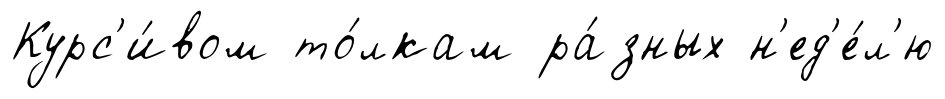
Курс'и́вом то́лкам ра́зных н'ед'е́л'ю